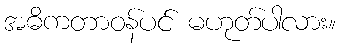
အဓိကတာဝန်ပင် မဟုတ်ပါလား။